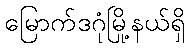
မြောက်ဒဂုံမြို့နယ်ရှိ